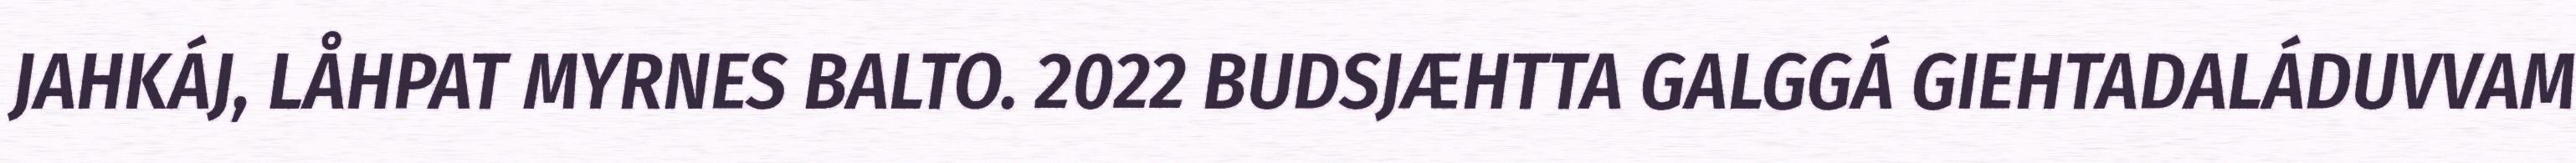
JAHKÁJ, LÅHPAT MYRNES BALTO. 2022 BUDSJÆHTTA GALGGÁ GIEHTADALÁDUVVAM